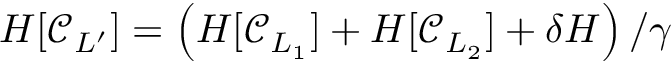
\begin{array} { r } { H [ \mathcal { C } _ { L ^ { \prime } } ] = \left( H [ \mathcal { C } _ { L _ { 1 } } ] + H [ \mathcal { C } _ { L _ { 2 } } ] + \delta H \right) / \gamma } \end{array}